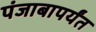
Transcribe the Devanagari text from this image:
पंजाबापर्यंत